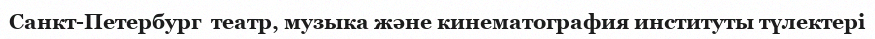
Санкт-Петербург  театр, музыка және кинематография институты түлектері